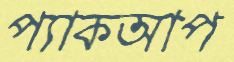
প্যাকআপ